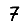
Digit: 7